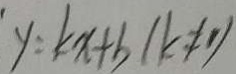
y = k x + b ( k \neq 1 )